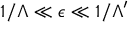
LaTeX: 1 / \Lambda \ll \epsilon \ll 1 / \Lambda ^ { \prime }